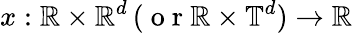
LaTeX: x:\mathbb{R}\times\mathbb{R}^{d}\, (\mathrm{~o~r~}\mathbb{R}\times\mathbb{T}^{d})\to\mathbb{R}